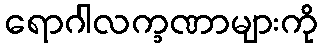
ရောဂါလက္ခဏာများကို